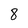
Character: 8